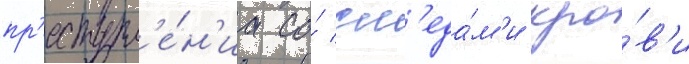
пр'еступл'е́н'иа со́ сл'еда́м'и кро́в'и